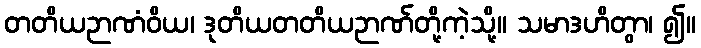
တတိယဉာဏံဝိယ၊ ဒုတိယတတိယဉာဏ်တို့ကဲ့သို့။ သမာဒဟိတွာ၊ ၍။